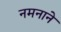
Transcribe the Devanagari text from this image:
नमनाने